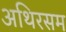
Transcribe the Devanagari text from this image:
अथिरसम